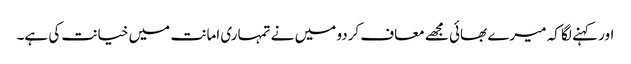
اور کہنے لگا کہ میرے بھائی مجھے معاف کردو میں نے تمہاری امانت میں خیانت کی ہے۔